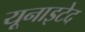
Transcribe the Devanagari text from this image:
यूनाइटेद